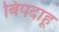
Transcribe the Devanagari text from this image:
बिपदाहू